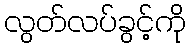
လွတ်လပ်ခွင့်ကို